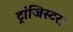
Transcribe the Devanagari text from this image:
ट्रांजिस्टर।